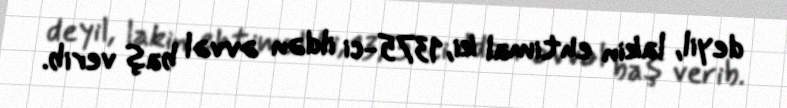
deyil, lakin ehtimal ki, 1375-ci ildən əvvəl baş verib.